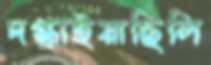
দগ্ধাইয়াছিলি